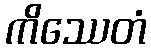
ကိဿေတံ